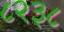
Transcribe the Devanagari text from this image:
८२३८